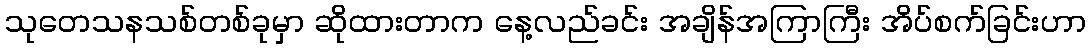
သုတေသနသစ်တစ်ခုမှာ ဆိုထားတာက နေ့လည်ခင်း အချိန်အကြာကြီး အိပ်စက်ခြင်းဟာ